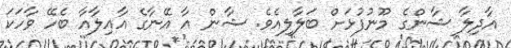
އާދިލާ ޝާންގެ މޫނުފުޅަށް ބަލާލިއެވެ. ޝާން އާ އޭނާގެ އާއިލާއާ ބެހޭ ވާހަކަ